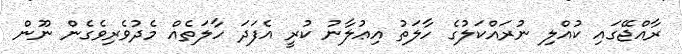
ރާއްޖޭގައި ކުއްލި ނުރައްކަލުގެ ހާލަތު އިޢުލާނު ކުރީ އެފަދަ ހާލަތެއް މެދުވެރިވެގެން ނޫން